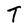
Character: T